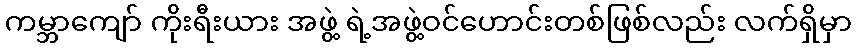
ကမ္ဘာကျော် ကိုးရီးယား အဖွဲ့ ရဲ့အဖွဲ့ဝင်ဟောင်းတစ်ဖြစ်လည်း လက်ရှိမှာ